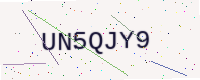
Text: UN5QJY9